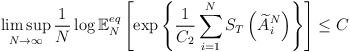
LaTeX: \begin{align*}\limsup_{N\rightarrow\infty}\frac{1}{N}\log\mathbb{E}_{N}^{eq}\left[\exp\left\{ \frac{1}{C_{2}}\sum_{i=1}^{N}S_{T}\left(\widetilde{A}_{i}^{N}\right)\right\} \right]\le C\end{align*}